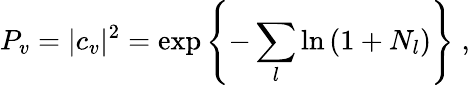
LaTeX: P_{v}=|c_{v}|^{2}=\exp\left\{ -\sum_{l}\ln\left(1+N_{l}\right)\right\} \; ,